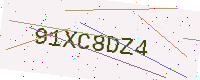
Text: 91XC8DZ4